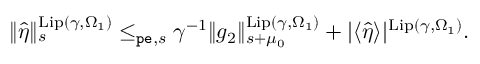
\begin{array} { r } { \rVert \hat { \eta } \rVert _ { s } ^ { \mathrm { L i p } ( \gamma , \Omega _ { 1 } ) } \le _ { \mathtt { p e } , s } \gamma ^ { - 1 } \rVert g _ { 2 } \rVert _ { s + \mu _ { 0 } } ^ { \mathrm { L i p } ( \gamma , \Omega _ { 1 } ) } + | \langle \hat { \eta } \rangle | ^ { \mathrm { L i p } ( \gamma , \Omega _ { 1 } ) } . } \end{array}